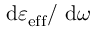
\mathrm { d } \varepsilon _ { \mathrm { e f f } } / \ \mathrm { d } \omega